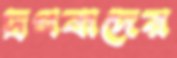
দ্রগবাদের